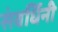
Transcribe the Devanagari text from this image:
संवर्धिनी